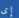
إى